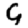
Digit: 9